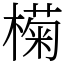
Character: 𣚭